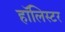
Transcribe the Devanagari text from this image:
हॉलिस्टर